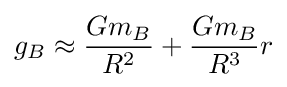
g_{B}\approx {\frac {Gm_{B}}{R^{2}}}+{\frac {Gm_{B}}{R^{3}}}r